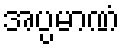
အပ္ပမာဏံ